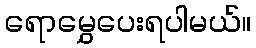
ရောမွှေပေးရပါမယ်။